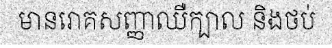
មានរោគសញ្ញាឈឺក្បាល និងថប់